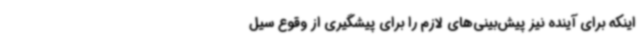
اینکه برای آینده نیز پیش‌بینی‌های لازم را برای پیشگیری از وقوع سیل